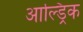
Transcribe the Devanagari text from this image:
आल्ड्रिक